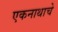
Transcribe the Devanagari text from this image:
एकनाथाचे